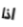
اذا